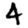
Digit: 4